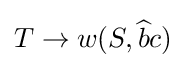
T\to w(S,{\widehat {b}}c)